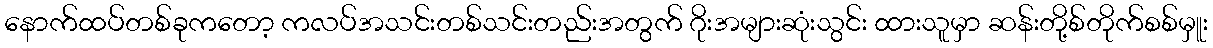
နောက်ထပ်တစ်ခုကတော့ ကလပ်အသင်းတစ်သင်းတည်းအတွက် ဂိုးအများဆုံးသွင်း ထားသူမှာ ဆန်းတို့စ်တိုက်စစ်မှူး